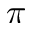
\pi